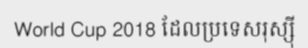
World Cup 2018 ដែលប្រទេសរុស្ស៊ី